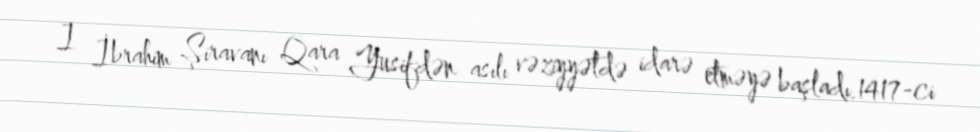
I İbrahim Şiravanı Qara Yusifdən asılı vəziyyətdə idarə etməyə başladı.1417-ci